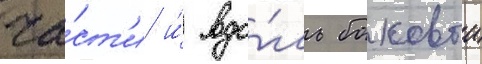
ча́ст'и и́ вдо́ль боковои